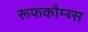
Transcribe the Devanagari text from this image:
रूफकौम्ब्स